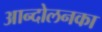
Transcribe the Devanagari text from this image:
आन्दोलनका